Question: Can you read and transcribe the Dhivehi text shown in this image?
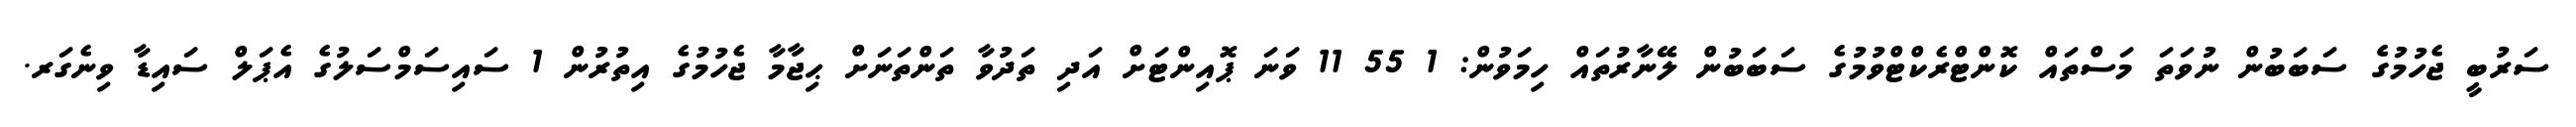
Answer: ސަރުބީ ޖެހުމުގެެ ސަބަބުން ނުވަތަ މަސްތައް ކޮންޓްރެކްޓްވުމުގެ ސަބަބުން ލޭނާރުތައް ހިމަވުން: 1 55 11 ވަނަ ޕޮއިންޓަށް އަދި ތަދުވާ ތަންތަނަށް ޙިޖާމާ ޖެހުމުގެ އިތުރުން 1 ސައިސަމްސަލުގެ އެޕަލް ސައިޑާ ވިނެގަރ.